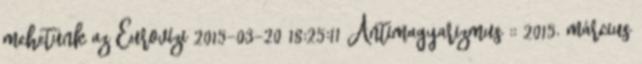
mehetünk az Eurovízi 2015-03-20 18:25:11 Antimagyarizmus :: 2015. március